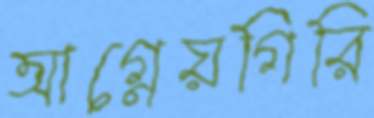
আগ্নেয়গিরি